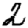
Digit: 2